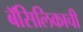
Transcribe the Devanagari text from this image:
बॅसिलिकाची